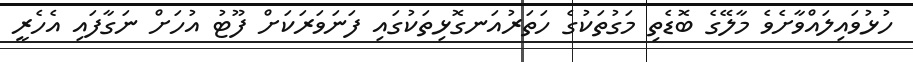
ހުޅުވައިލައްވާށެވެ މާލޭގެ ބޮޑެތި މަގުތަކުގެ ހަތަރުއަނގޮޅިތަކުގައި ފަނަވަރަކަށް ފޫޓު އުހަށް ނަގާފައި އެހެރީ